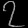
Digit: ၇